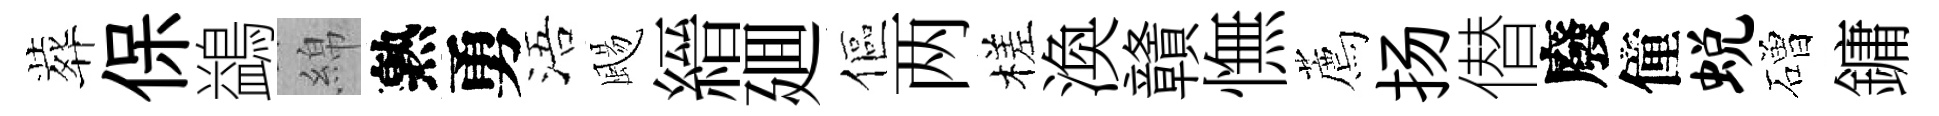
葬保鷁綿熟勇浯颺縉廽傴两槎渙贛憮薦扬僣廢僮蜕磳鏞